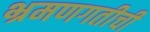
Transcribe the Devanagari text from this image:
भ्रमणगतीची